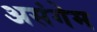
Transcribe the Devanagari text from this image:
असंगेम